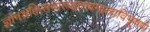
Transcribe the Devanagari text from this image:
ज्ञानशक्तिसमारूढतत्त्वमालाविभूषणे